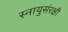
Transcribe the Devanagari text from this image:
स्नायुसंरक्षी